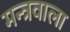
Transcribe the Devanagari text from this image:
मन्त्रवाला